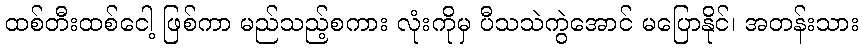
ထစ်တီးထစ်ငေါ့ ဖြစ်ကာ မည်သည့်စကား လုံးကိုမှ ပီသသဲကွဲအောင် မပြောနိုင်၊ အတန်းသား